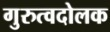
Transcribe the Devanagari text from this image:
गुरुत्वदोलक